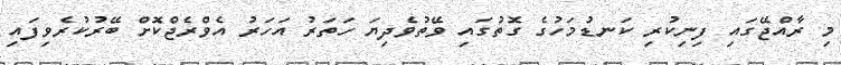
މި ރާއްޖޭގައި ފިނިކުރި ކަނޑުމަހުގެ ގޮތުގައި ވޭތުވެދިޔަ ހަތަރު އަހަރު އެވްރެޖްކޮށް ބޭރުކުރެވިފައި